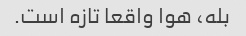
بله، هوا واقعا تازه است.